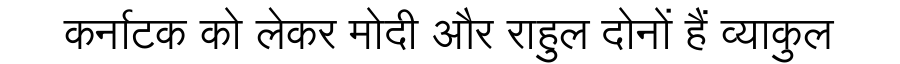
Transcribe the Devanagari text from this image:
कर्नाटक को लेकर मोदी और राहुल दोनों हैं व्याकुल